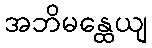
အဘိမန္ထေယျ